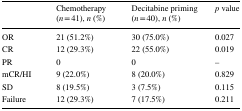
<table><thead><tr><td></td><td><b>Chemotherapy (<i>n</i> = 41), <i>n</i> (%)</b></td><td><b>Decitabine priming (<i>n</i> = 40), <i>n</i> (%)</b></td><td><b><i>p</i> value</b></td></tr></thead><tbody><tr><td>OR</td><td>21 (51.2%)</td><td>30 (75.0%)</td><td>0.027</td></tr><tr><td>CR</td><td>12 (29.3%)</td><td>22 (55.0%)</td><td>0.019</td></tr><tr><td>PR</td><td>0</td><td>0</td><td>–</td></tr><tr><td>mCR/HI</td><td>9 (22.0%)</td><td>8 (20.0%)</td><td>0.829</td></tr><tr><td>SD</td><td>8 (19.5%)</td><td>3 (7.5%)</td><td>0.115</td></tr><tr><td>Failure</td><td>12 (29.3%)</td><td>7 (17.5%)</td><td>0.211</td></tr></tbody></table>